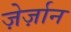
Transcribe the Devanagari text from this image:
ज़ेर्ज़ान